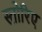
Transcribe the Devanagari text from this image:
स्तोरिए